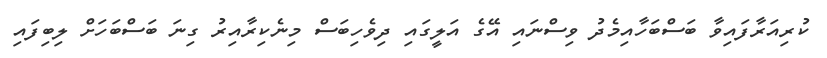
ކުރިއަރާފައިވާ ބަސްބަހާއިމެދު ވިސްނައި އޭގެ އަލީގައި ދިވެހިބަސް މިނެކިރާއިރު ގިނަ ބަސްބަހަށް ލިބިފައި